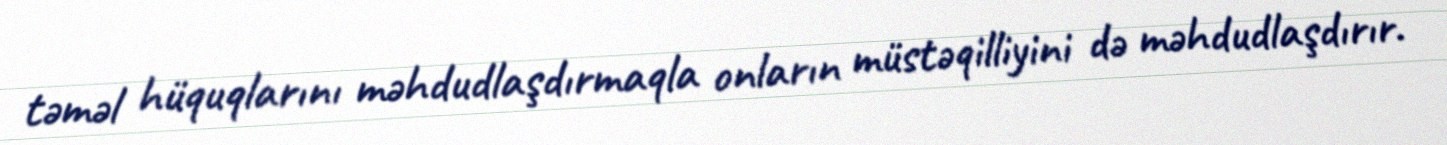
təməl hüquqlarını məhdudlaşdırmaqla onların müstəqilliyini də məhdudlaşdırır.